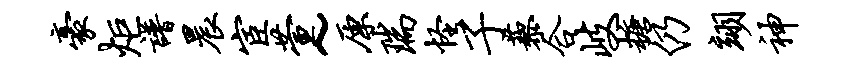
豪炬谱晨宦萱~原瑞怪子藜合岐糖仍翊神